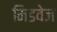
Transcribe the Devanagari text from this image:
मिडवेज